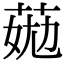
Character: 𦯏